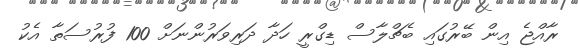
ރާއްޖެ އިން ބޭރުގައި ބެޗްލާސް ޑިގްރީ ހަދާ ދަރިވަރުންނަށް 100 ފުރުސަތާ އެކު